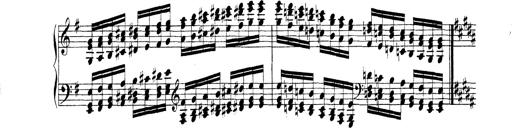
Title: Technische Studien
Composer: Franz Liszt